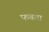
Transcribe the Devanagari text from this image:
फबता